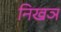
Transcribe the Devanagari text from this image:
निखञ